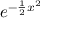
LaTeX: e ^ { - { \frac { 1 } { 2 } } x ^ { 2 } }